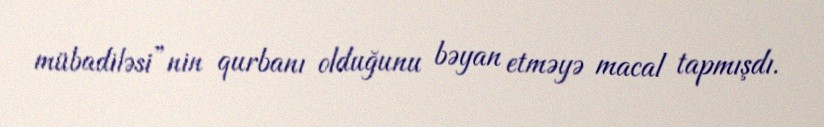
mübadiləsi”nin qurbanı olduğunu bəyan etməyə macal tapmışdı.